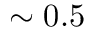
\sim 0 . 5